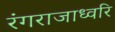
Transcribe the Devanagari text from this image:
रंगराजाध्वरि